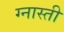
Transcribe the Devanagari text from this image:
ग्नास्ती